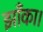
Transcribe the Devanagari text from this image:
झाँका।